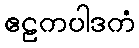
ဧဠကပါဒကံ